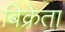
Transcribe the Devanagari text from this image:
बिक्रेता